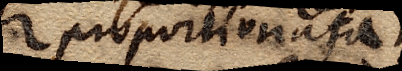
proportionata